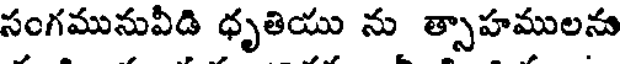
సంగమునువీడి ధృతియు ను త్సాహములను